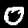
Label: 0